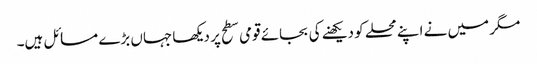
مگر میں نے اپنے محلے کو دیکھنے کی بجائے قومی سطح پر دیکھا جہاں بڑے مسائل ہیں۔